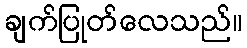
ချက်ပြုတ်လေသည်။